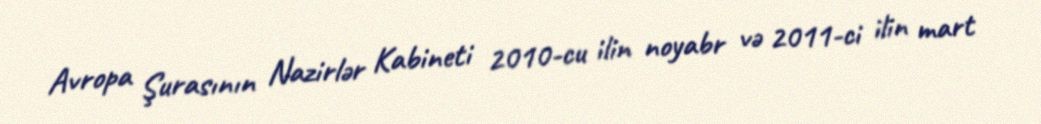
Avropa Şurasının Nazirlər Kabineti 2010-cu ilin noyabr və 2011-ci ilin mart